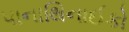
પાનાથિનાઈકો